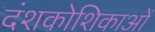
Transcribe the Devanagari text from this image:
दंशकोशिकाओं